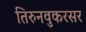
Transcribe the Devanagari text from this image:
तिरुनवुकरसर